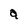
Character: a